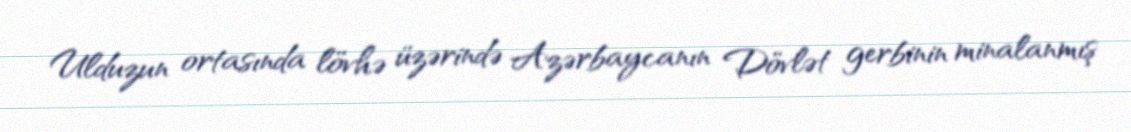
Ulduzun ortasında lövhə üzərində Azərbaycanın Dövlət gerbinin minalanmış